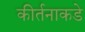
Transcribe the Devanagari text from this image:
कीर्तनाकडे